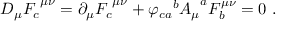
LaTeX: D _ { \mu } { F _ { c } } ^ { \mu \nu } = \partial _ { \mu } { F _ { c } } ^ { \mu \nu } + { \varphi _ { c a } } ^ { b } { A _ { \mu } } ^ { a } F _ { b } ^ { \mu \nu } = 0 ~ .